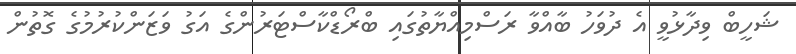
ޝަހީބް ވިދާޅުވީ އެ ދުވަހު ބާއްވާ ރަސްމިއްޔާތުގައި ބްރޯޑްކާސްޓަރުންގެ އަގު ވަޒަންކުރުމުގެ ގޮތުން